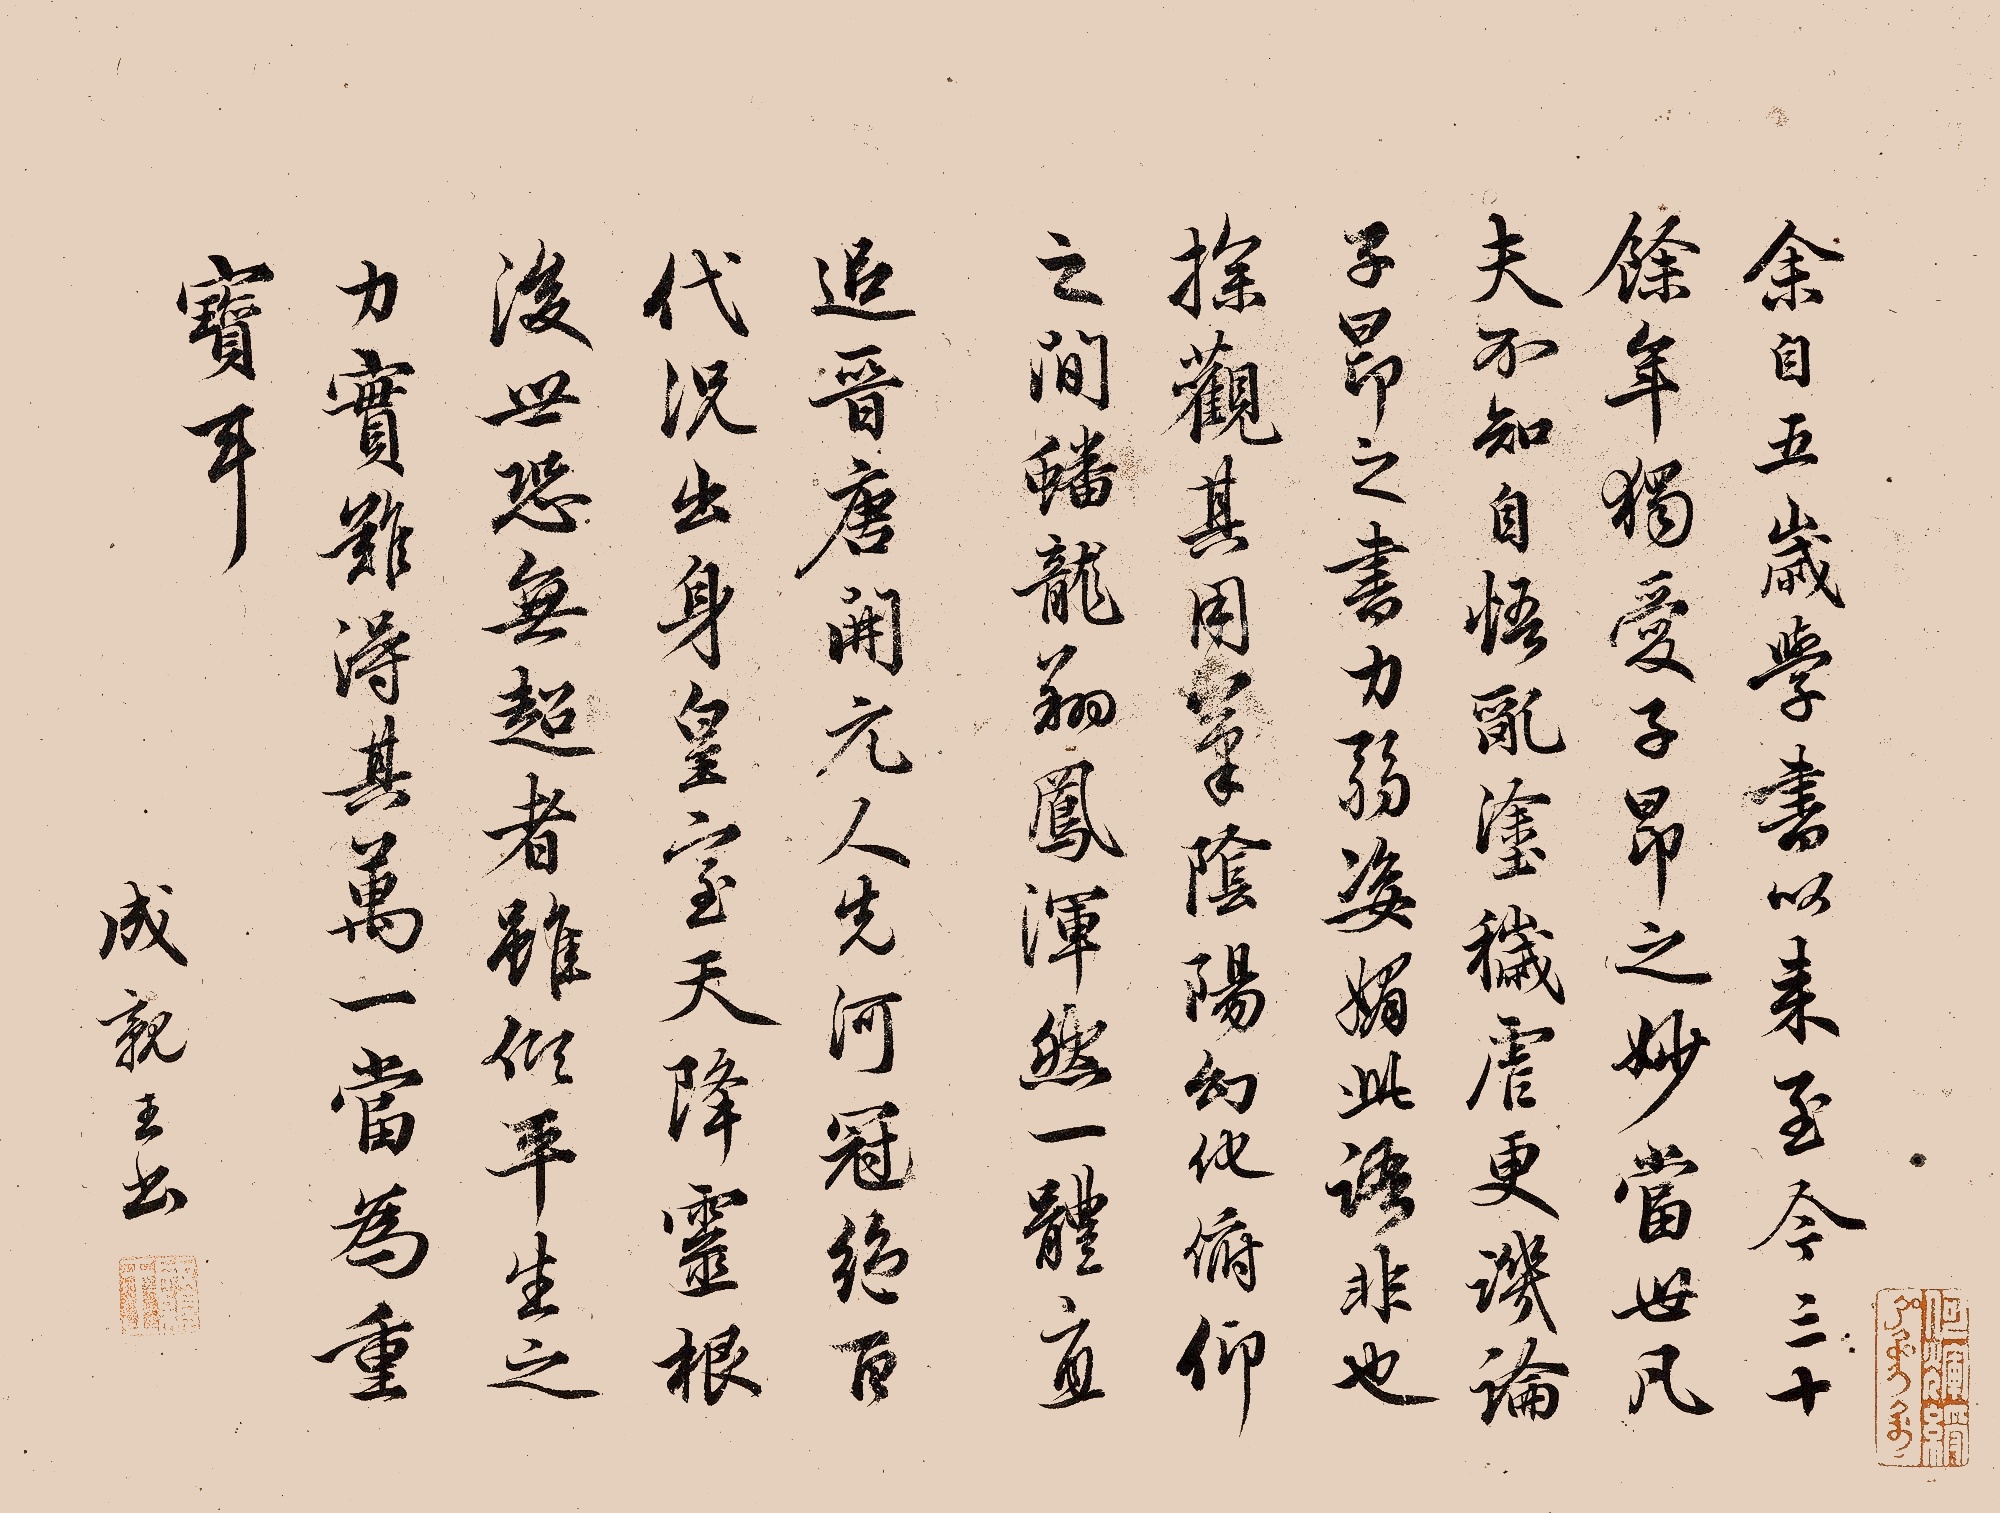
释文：余自五岁学书以来，至今三十余年，独爱子昂之妙，当世凡夫不知自悟乱涂秽虐，更讥论子昂之书力弱姿媚，此语非也，探观其用笔，阴阳幻化，俯仰之间，蟠龙翔凤，浑然一体，直追晋唐开元人先河，冠绝百代，况出身皇室，天降灵根，后世恐无超者，虽倾平生之力，实难得其万一，当为重宝耳。成亲王书。